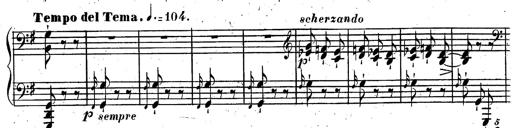
Title: Rondeau fantastique sur un thÃ¨me espagnol
Composer: Franz Liszt